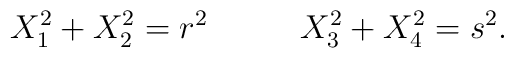
X_1^2 + X_2^2 = r^2 \;\;\;\;\; \;\;\;\;\;X_3^2 + X_4^2 = s^2.